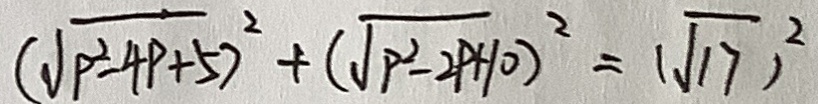
( \sqrt { p ^ { 2 } - 4 P + 5 ) ^ { 2 } } + ( \sqrt { P ^ { 2 } - 2 P + 1 0 } ) ^ { 2 } = ( \sqrt { 1 7 } ) ^ { 2 }